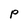
Character: p